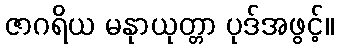
ဇာဂရိယ မနုာယုတ္တာ ပုဒ်အဖွင့်။